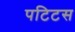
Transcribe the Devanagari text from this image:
पटिटस